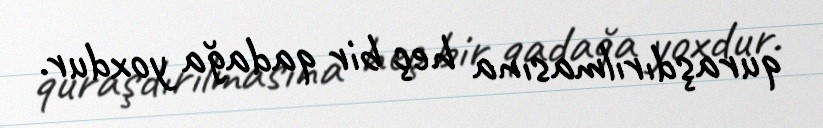
quraşdırılmasına heç bir qadağa yoxdur.